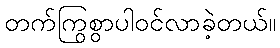
တက်ကြွစွာပါဝင်လာခဲ့တယ်။